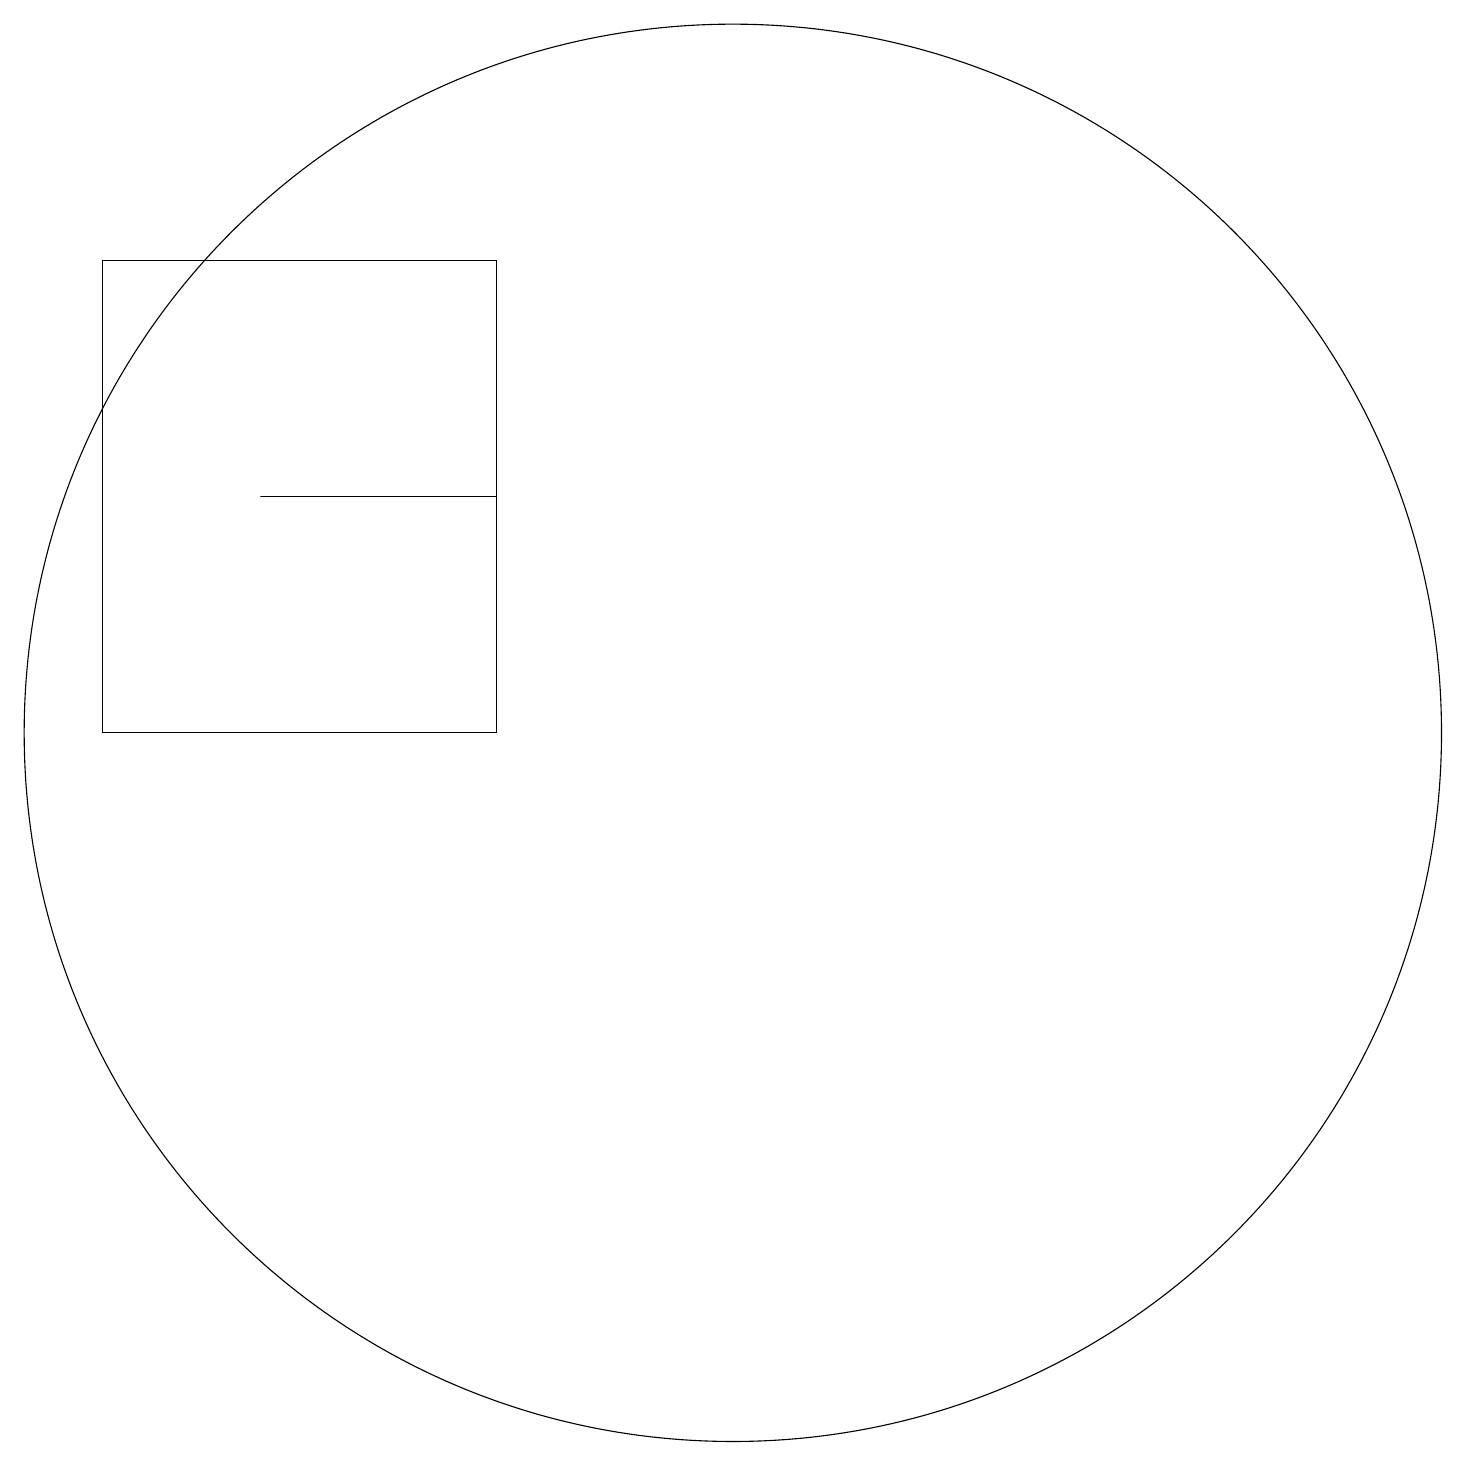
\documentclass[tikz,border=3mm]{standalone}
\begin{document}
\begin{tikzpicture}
\draw (8,12) rectangle (3,18);
\draw (11,12) circle (9);
\draw (8,15) rectangle (5,15);
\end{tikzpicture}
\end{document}